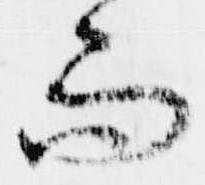
而